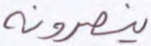
ينصرونه